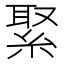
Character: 𦁫